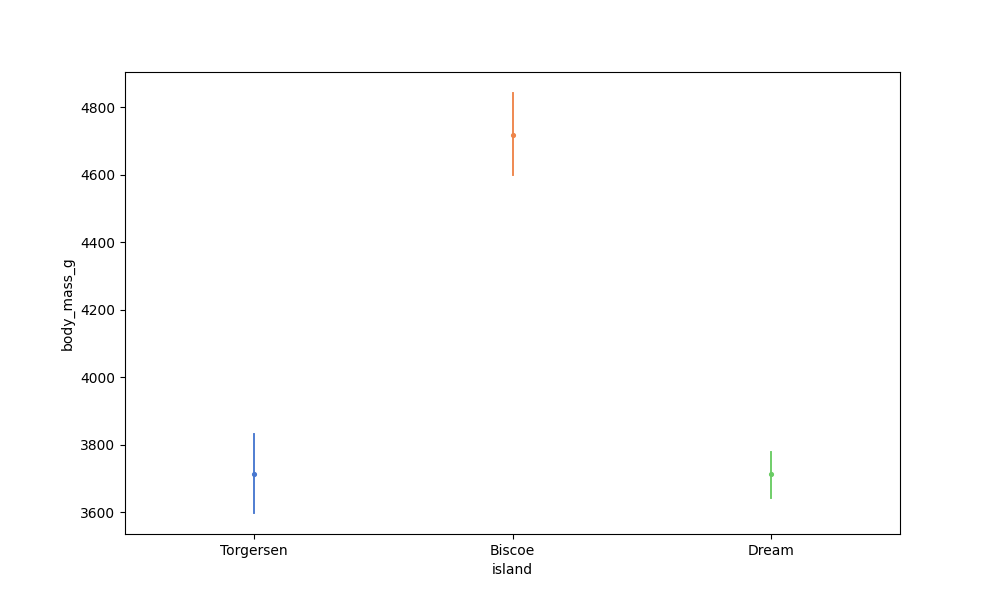
python, seaborn, pointplot, scale=0.5, join=True, hue='None', palette='muted'